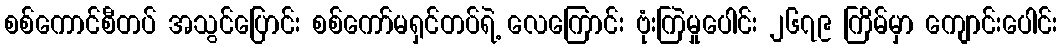
စစ်ကောင်စီတပ် အသွင်ပြောင်း စစ်ကော်မရှင်တပ်ရဲ့ လေကြောင်း ဗုံးကြဲမှုပေါင်း ၂၆၇၉ ကြိမ်မှာ ကျောင်းပေါင်း